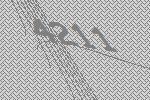
4211